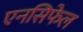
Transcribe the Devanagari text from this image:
एनसिफेल